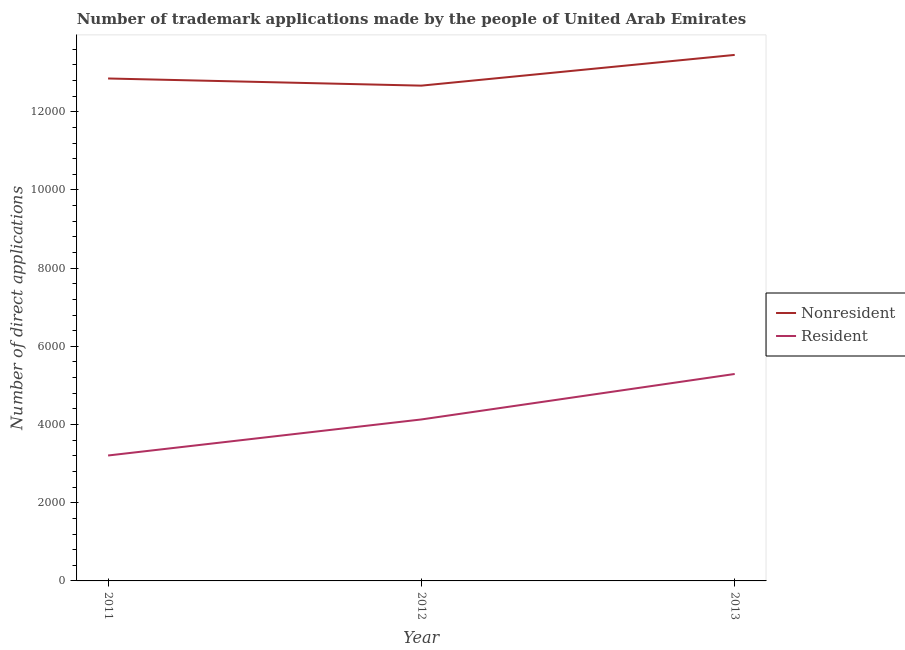
| Year | Nonresident | Resident |
 | --- | --- | --- |
 | 2011 | 1.29e+04 | 3.21e+03 |
 | 2012 | 1.27e+04 | 4.13e+03 |
 | 2013 | 1.35e+04 | 5.29e+03 |